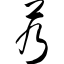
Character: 艿